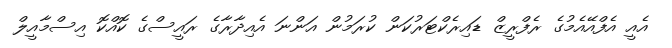
އެއީ އެފްއޭއެމުގެ ރެފްރީޒް ޑައިރެކްޓަރުކަން ކުރަމުން އަންނަ އެއިދާރާގެ ރައީސްގެ ކޮއްކޮ އިސްމާއީލް